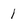
Character: 1